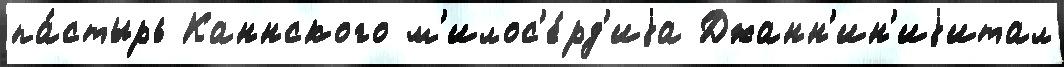
па́стырь Каннского м'илос'е́рд'иjа Джанн'ин'иjитал